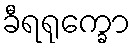
ခီရရုက္ခော